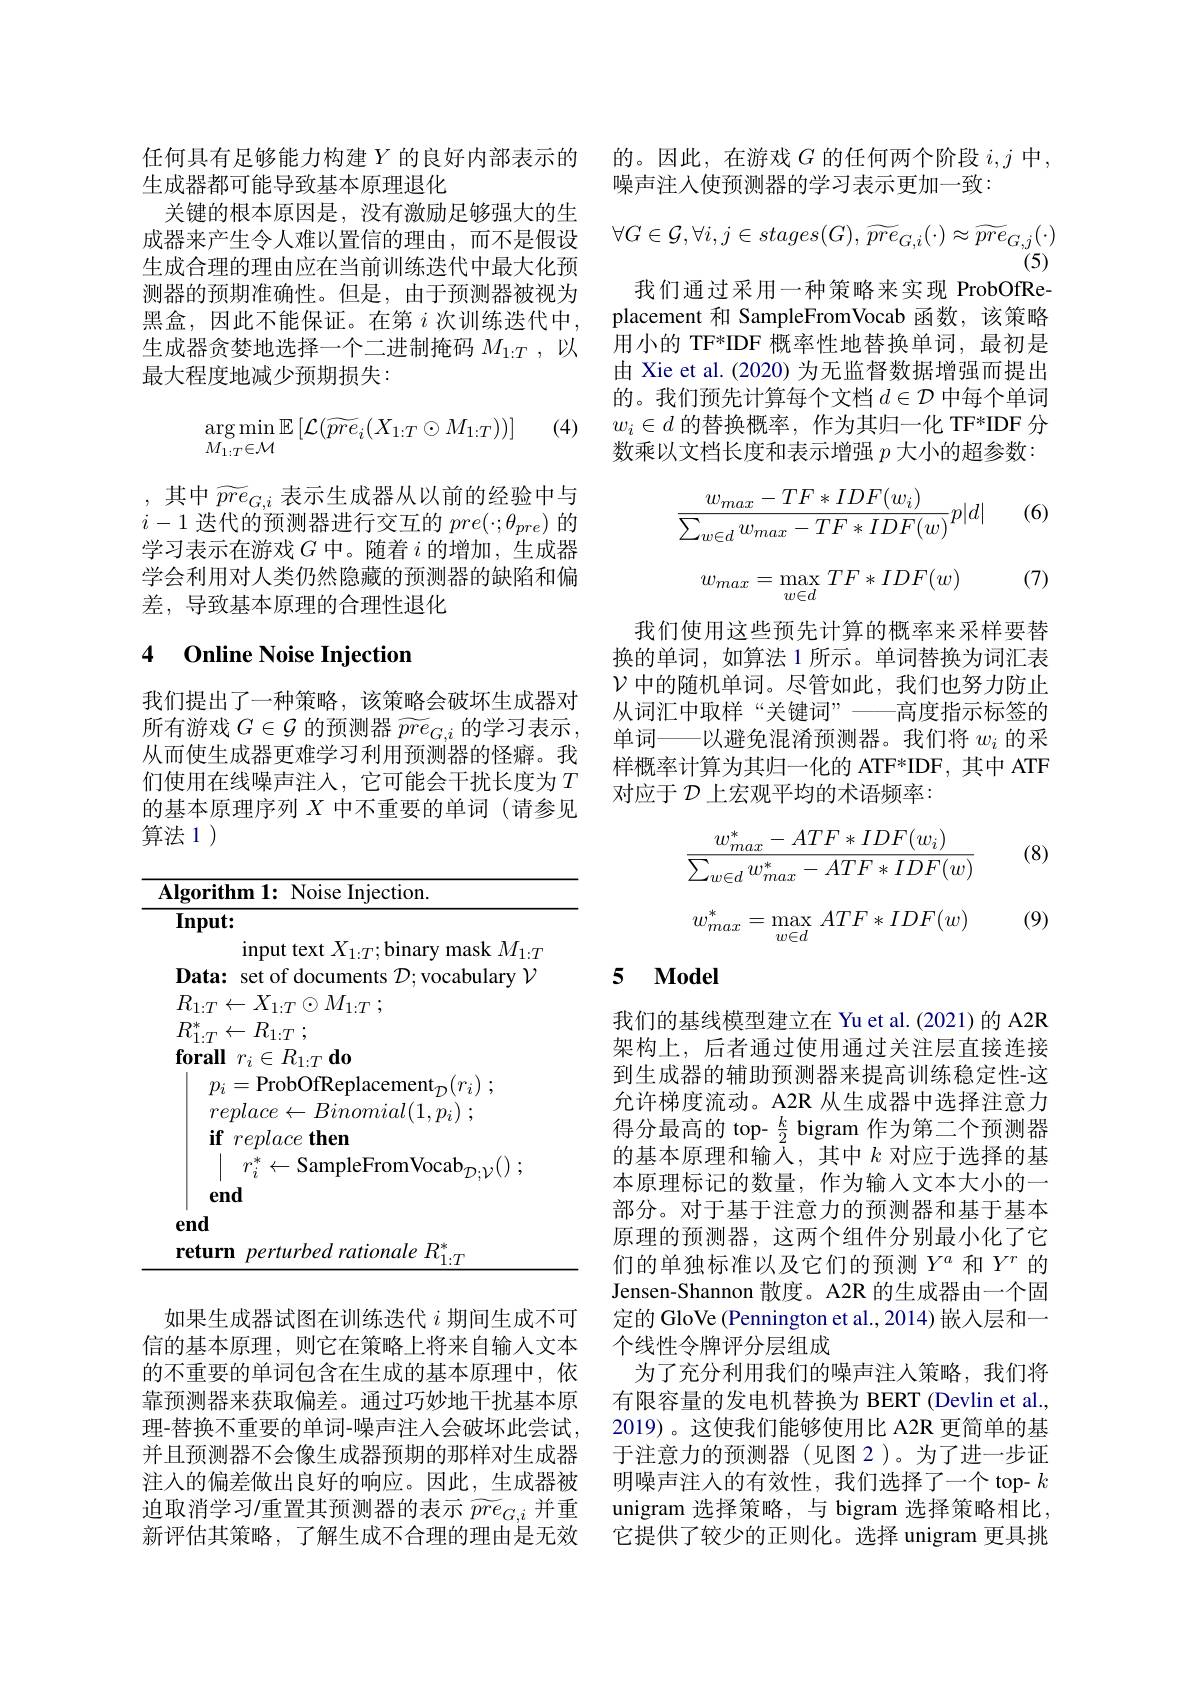
任何具有足够能力构建$Y$ 的良好内部表示的
生成器都可能导致基本原理退化
关键的根本原因是，没有激励足够强大的生成器来产生令人难以置信的理由，而不是假设生成合理的理由应在当前训练迭代中最大化预测器的预期准确性。但是，由于预测器被视为黑盒，因此不能保证。在第$i$次训练迭代中， 生成器贪婪地选择一个二进制掩码$M_{1:T}$ ,以最大程度地减少预期损失：

(4)
$$\underset{M_{1:T}\in\mathcal{M}}{\arg\min}\mathbb{E}\left[\mathcal{L}(\widetilde{pre}_i(X_{1:T}\odot M_{1:T}))\right]$$
,其中$\widetilde pre_{G,i}$表示生成器从以前的经验中与$i-1$迭代的预测器进行交互的$pre(\cdot;\theta_{pre})$的学习表示在游戏$G$中。随着$i$的增加，生成器学会利用对人类仍然隐藏的预测器的缺陷和偏差，导致基本原理的合理性退化

## 4 Online Noise Injection

我们提出了一种策略，该策略会破坏生成器对所有游戏$G\in\mathcal{G}$的预测器$\widetilde pre_{G,i}$的学习表示从而使生成器更难学习利用预测器的怪癖。我们使用在线噪声注入，它可能会干扰长度为$T$ 的基本原理序列$X$中不重要的单词 (请参见算法 1 )

<table>
	<tbody>
		<tr>
			<td>1</td>
			<td>$\mathbf{ıt:}$</td>
		</tr>
		<tr>
			<td> </td>
			<td>input text $X_1:T;$binary mask $M_{1:T}$</td>
		</tr>
		<tr>
			<td>1</td>
			<td>$\mathbf{a:}$ set of documents $\mathcal{D};$vocabulary $\mathcal{V}$</td>
		</tr>
		<tr>
			<td>$\mathbf{r}$</td>
			<td>perturbed rationale R $_{1:T}^*$ $rn$</td>
		</tr>
	</tbody>
</table>

如果生成器试图在训练迭代$i$期间生成不可信的基本原理，则它在策略上将来自输入文本的不重要的单词包含在生成的基本原理中，依靠预测器来获取偏差。通过巧妙地干扰基本原理-替换不重要的单词-噪声注入会破坏此尝试并且预测器不会像生成器预期的那样对生成器注入的偏差做出良好的响应。因此，生成器被迫取消学习/重置其预测器的表示 $\widetilde pre_{G,i}$ 并重新评估其策略，了解生成不合理的理由是无效

的。因此，在游戏$G$的任何两个阶段$i,j$中
噪声注人使预测器的学习表示更加一致：
$$\forall G\in\mathcal{G},\forall i,j\in stages(G),\widetilde{pre}_{G,i}(\cdot)\approx\widetilde{pre}_{G,j}(\cdot)$$
(5)

我们通过采用一种策略来实现 ProbOfReplacement 和 SampleFromVocab 函数，该策略用小的 TF*IDF 概率性地替换单词，最初是由 Xie et al. (2020) 为无监督数据增强而提出的。我们预先计算每个文档$d\in\mathcal{D}$中每个单词$w_i\in d$的替换概率，作为其归一化 TF*IDF 分数乘以文档长度和表示增强$p$大小的超参数：

(6)
$$\begin{aligned}\frac{w_{max}-TF*IDF(w_i)}{\sum_{w\in d}w_{max}-TF*IDF(w)}p|d|\end{aligned}$$
$$w_{max}=\max_{w\in d}TF*IDF(w)$$
(7)

我们使用这些预先计算的概率来采样要替换的单词，如算法 1 所示。单词替换为词汇表$\mathcal{V}$中的随机单词。尽管如此，我们也努力防止从词汇中取样“关键词”——高度指示标签的单词—以避免混淆预测器。我们将$w_i$的采样概率计算为其归一化的 ATF*IDF, 其中 ATF 对应于$\mathcal{D}$上宏观平均的术语频率：

(8)
$$\begin{aligned}\frac{w_{max}^*-ATF*IDF(w_i)}{\sum_{w\in d}w_{max}^*-ATF*IDF(w)}\end{aligned}$$
$$w_{max}^*=\max_{w\in d}ATF*IDF(w)$$
(9)

## 5 $\mathbf{Model}$

我们的基线模型建立在 Yu et al.(2021) 的 A2R 架构上，后者通过使用通过关注层直接连接到生成器的辅助预测器来提高训练稳定性-这允许梯度流动。A2R 从生成器中选择注意力得分最高的 top- $\frac k2$ bigram 作为第二个预测器的基本原理和输入，其中$k$ 对应于选择的基本原理标记的数量，作为输入文本大小的一部分。对于基于注意力的预测器和基于基本原理的预测器，这两个组件分别最小化了它们的单独标准以及它们的预测$Y^a$和$Y^r$的Jensen-Shannon 散度。A2R 的生成器由一个固定的 GloVe (Pennington et al.,2014) 嵌入层和一个线性令牌评分层组成
为了充分利用我们的噪声注人策略，我们将有限容量的发电机替换为 BERT (Devlin et al. 2019)。这使我们能够使用比 A2R 更简单的基于注意力的预测器(见图 2)。为了进一步证明噪声注人的有效性，我们选择了一个 top- $k$ unigram 选择策略，与 bigram 选择策略相比它提供了较少的正则化。选择 unigram 更具挑